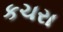
કચરા